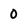
Character: 0